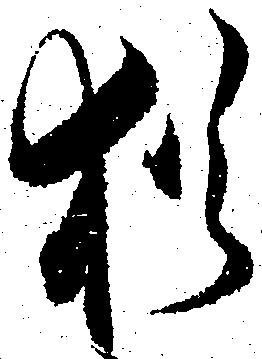
猶